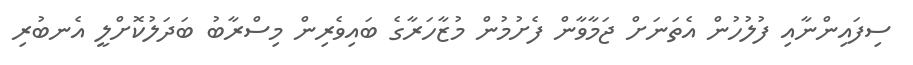
ސިފައިންނާއި ފުލުހުން އެތަނަށް ޖަމާވާން ފެށުމުން މުޒާހަރާގެ ބައިވެރިން މިސްރާބު ބަދަލުކޮށްލީ އެނބުރި